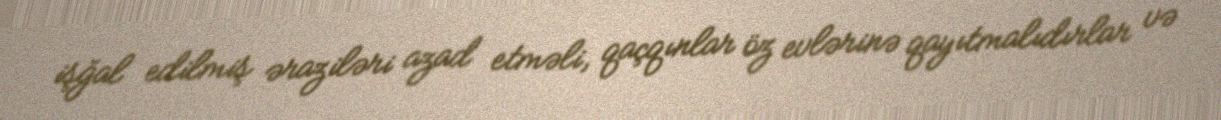
işğal edilmiş əraziləri azad etməli, qaçqınlar öz evlərinə qayıtmalıdırlar və